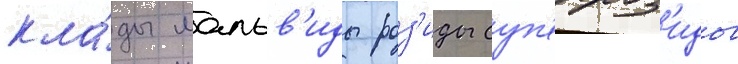
кла́ды мальв'иды роз'иды суп'ерроз'иды